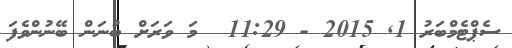
ސެޕްޓެމްބަރު 1